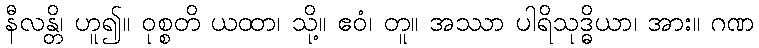
နီလန္တိ၊ ဟူ၍။ ဝုစ္စတိ ယထာ၊ သို့။ ဧဝံ၊ တူ။ အဿာ ပါရိသုဒ္ဓိယာ၊ အား။ ဂဏ